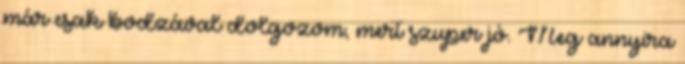
már csak bodzával dolgozom, mert szuper jó. Meg annyira